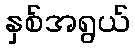
နှစ်အရွယ်